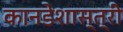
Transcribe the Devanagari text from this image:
कानडेशास्त्री